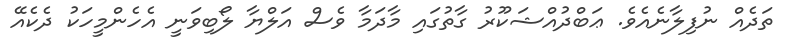
ތަދެއް ނުފިލާނެއެވެ. ޢަބްދުއްޝަކޫރު ގާތުގައި މާދަމާ ވެސް އަލްޔާ ލޯބިވަނީ އެހެންމީހަކު ދެކެއޭ